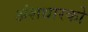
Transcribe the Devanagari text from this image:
अंशधारको